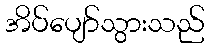
အိပ်ပျော်သွားသည်